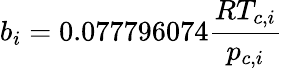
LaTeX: b_{i}=0.077796074\frac{RT_{c,i}}{p_{c,i}}